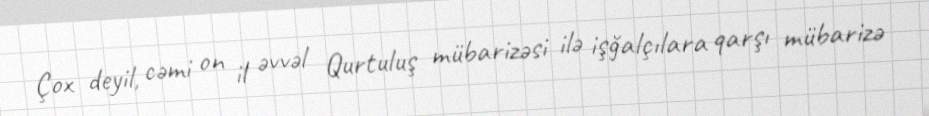
Çox deyil, cəmi on il əvvəl Qurtuluş mübarizəsi ilə işğalçılara qarşı mübarizə